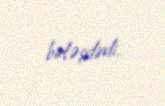
birləşdirdi.